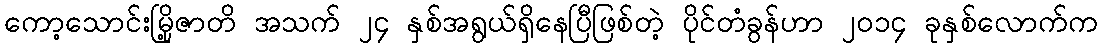
ကော့သောင်းမြို့ဇာတိ အသက် ၂၄ နှစ်အရွယ်ရှိနေပြီဖြစ်တဲ့ ပိုင်တံခွန်ဟာ ၂၀၁၄ ခုနှစ်လောက်က